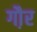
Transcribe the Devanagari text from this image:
गौ़र